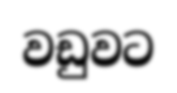
වඩුවට